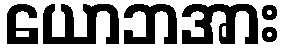
ယောဘအား